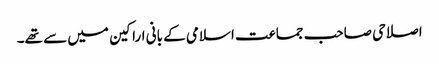
اصلاحی صاحب جماعت اسلامی کے بانی اراکین میں سے تھے۔